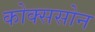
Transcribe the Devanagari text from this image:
कोक्ससोन